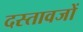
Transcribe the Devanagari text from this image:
दस्तावजों